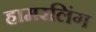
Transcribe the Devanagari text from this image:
हामरलिंग